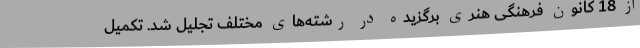
از 18 کانون فرهنگی هنری برگزیده در رشته‌های مختلف تجلیل شد. تکمیل